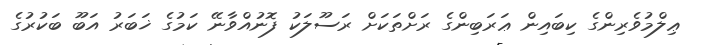
ޢިލްމުވެރިންގެ ކިބައިން ޢަރަބިންގެ ރަށްތަކަށް ރަސޫލަކު ފޮނުއްވާނޭ ކަމުގެ ޚަބަރު އަބޫ ބަކުރުގެ